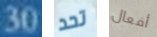
30 تحد أفعال